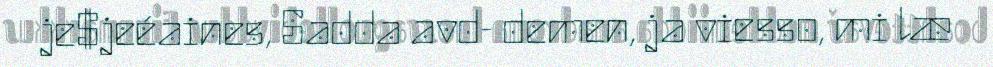
je$jeéaines, Sadda avd- demen, ja viesso, mi læ